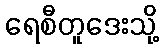
ရေစီတူဒေးသို့